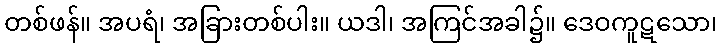
တစ်ဖန်။ အပရံ၊ အခြားတစ်ပါး။ ယဒါ၊ အကြင်အခါ၌။ ဒေဝကူဋသော၊